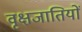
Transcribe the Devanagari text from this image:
वृक्षजातियों